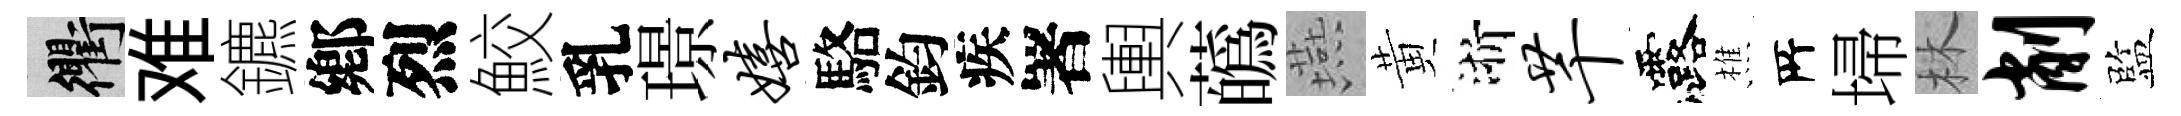
衢难鑣鄕烈鮫乳璟嬉駱鈞疾署輿蘤燕黄浙芊露樵𠩄埽林削監